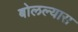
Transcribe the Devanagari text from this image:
बोलल्यास